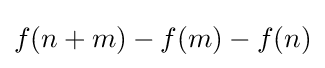
f(n+m)-f(m)-f(n)